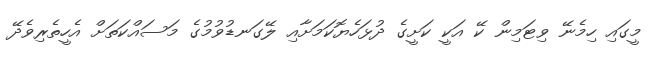
މީގައި ހިމެނޭ ވިޓަމިން ކޭ އަކީ ކަށީގެ ދުޅަހެޔޮކަމަށާއި ލޭގަނޑުވުމުގެ މަސައްކަތަށް އެހީތެރިވެދޭ